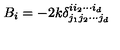
B _ { i } = - 2 k \delta _ { j _ { 1 } j _ { 2 } \cdots j _ { d } } ^ { i i _ { 2 } \cdots i _ { d } } \,